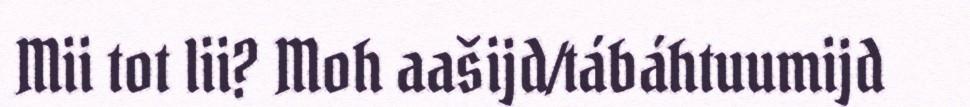
Mii tot lii? Moh aašijd/tábáhtuumijd